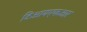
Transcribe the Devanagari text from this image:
टिआयएफआर